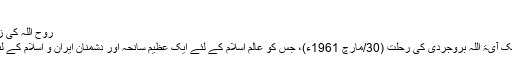
(صحیفہ امام، ج1، ص21)
روح اللہ کی زندگی کا چوتها دور (1961ء سے 1989ء تک):
اس دور کا آغاز دو ناگوار حادثات سے ہوتا ہے، ایک آیۃ اللہ بروجردی کی رحلت (30/مارچ 1961ء)، جس کو عالم اسلام کے لئے ایک عظیم سانحہ اور دشمنان ایران و اسلام کے لئے رکاوٹوں کے خاتمہ سے تعبیر کیا جاسکتا ہے۔